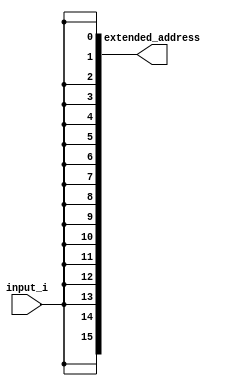
`timescale 1ns / 1ps
//////////////////////////////////////////////////////////////////////////////////
// Company: 
// Engineer: 
// 
// Design Name: 
// Module Name: sign_extend
// Project Name: 
// Target Devices: 
// Tool Versions: 
// Description: 
// 
// Dependencies: 
// 
// Revision:
// Revision 0.01 - File Created
// Additional Comments:
// 
//////////////////////////////////////////////////////////////////////////////////


module sign_extend #(parameter width = 1)(
                   input [width-1:0] input_i,
                   output reg [15:0] extended_address
                   );
                   
   always @(*)
    begin
      extended_address = {{(16-width){input_i[width-1]}},input_i};  
    end

endmodule